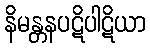
နိမန္တနပဋိပါဋိယာ